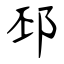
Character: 邳